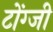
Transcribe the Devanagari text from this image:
टोंग्जी